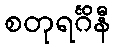
စတုရင်္ဂိနီ